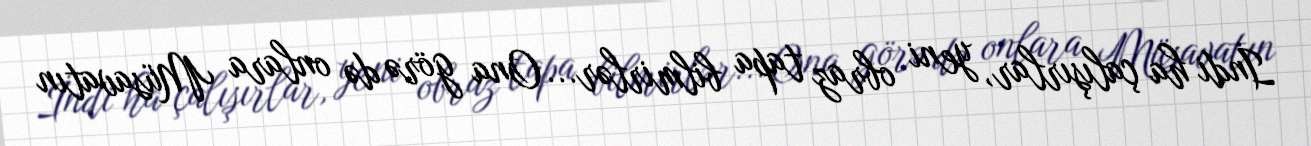
İndi ha çalışırlar, yeni obraz tapa bilmirlər... Ona görə də onlara Müsavatın